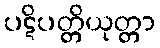
ပဋိပတ္တိယုတ္တာ